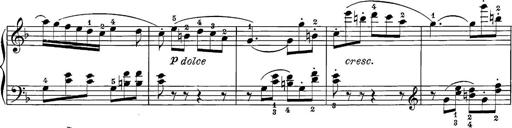
Title: 12 Sonatine per Pianoforte
Composer: Friedrich Kuhlau